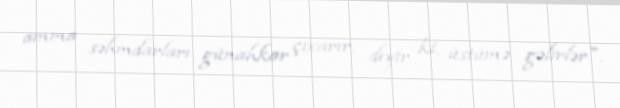
amma səhmdarları günahkar çıxarır, deyir ki, üstümə gəlirlər".